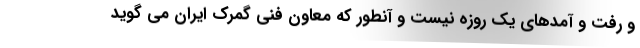
و رفت و آمدهای یک روزه نیست و آنطور که معاون فنی گمرک ایران می گوید